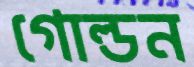
গোল্ডন